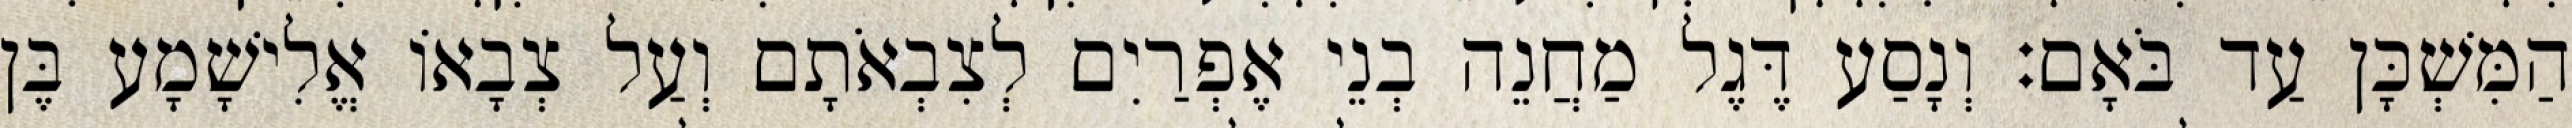
הַמִּשְׁכָּן עַד בֹּאָם׃ וְנָסַע דֶּגֶל מַחֲנֵה בְנֵי אֶפְרַיִם לְצִבְאֹתָם וְעַל צְבָאוֹ אֱלִישָׁמָע בֶּן